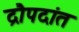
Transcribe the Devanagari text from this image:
द्रौपदांत